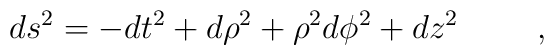
ds^2 = -dt^2 + d \rho^2 + \rho^2 d \phi^2 + d z^2 \hspace{1cm} ,